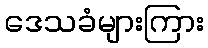
ဒေသခံများကြား